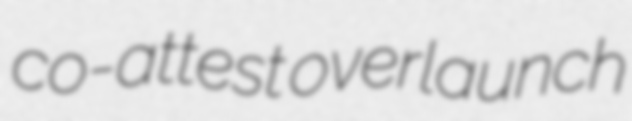
co-attest overlaunch